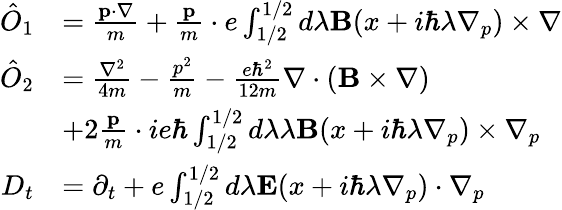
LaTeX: \begin{array}{rl}{\hat{O}_{1}}&{=\frac{\mathbf{p}\cdot\nabla}{m}+\frac{\mathbf{p}}{m}\cdot e\int_{1/2}^{1/2}d\lambda\mathbf{B}(x+i\hbar\lambda\nabla_{p})\times\nabla}\\ {\hat{O}_{2}}&{=\frac{\nabla^{2}}{4m}-\frac{p^{2}}{m}-\frac{e\hbar^{2}}{12m}\nabla\cdot(\mathbf{B}\times\nabla)}\\ &{+2\frac{\mathbf{p}}{m}\cdot ie\hbar\int_{1/2}^{1/2}d\lambda\lambda\mathbf{B}(x+i\hbar\lambda\nabla_{p})\times\nabla_{p}}\\ {D_{t}}&{=\partial_{t}+e\int_{1/2}^{1/2}d\lambda\mathbf{E}(x+i\hbar\lambda\nabla_{p})\cdot\nabla_{p}}\end{array}